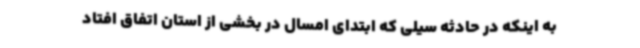
به اینکه در حادثه سیلی که ابتدای امسال در بخشی از استان اتفاق افتاد